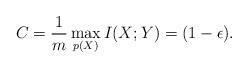
LaTeX: \begin{align*}C= \frac{1}{m}\max_{p({X})}I({X};{Y}) = (1-\epsilon). \end{align*}